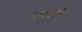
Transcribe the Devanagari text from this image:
लटी